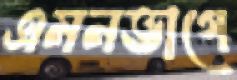
এমনভাগে